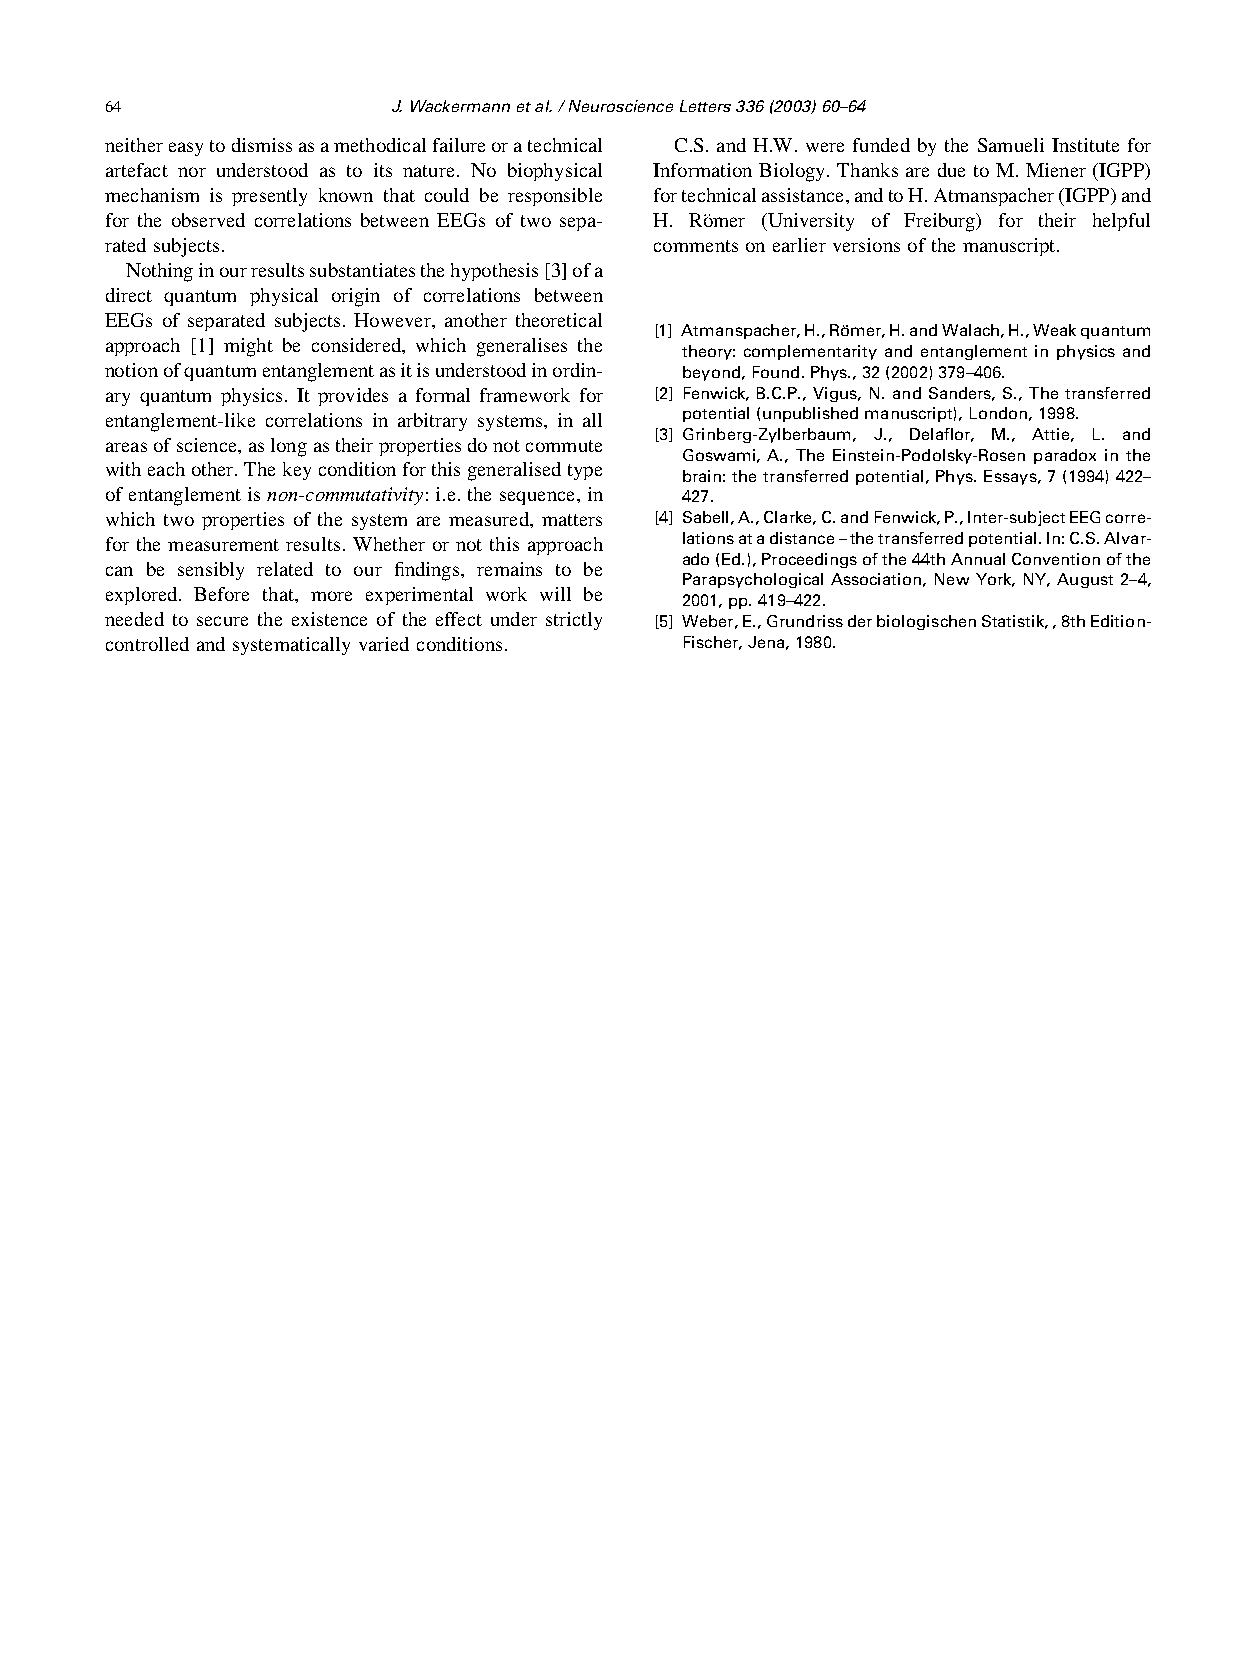
64                 J.Wackermannetal./NeuroscienceLetters336(2003)60–64
 neithereasytodismissasamethodicalfailureoratechnical C.S. and H.W. were funded by the Samueli Institute for
 artefact nor understood as to its nature. No biophysical Information Biology. Thanks are due to M. Miener (IGPP)
 mechanism is presently known that could be responsible fortechnicalassistance,andtoH.Atmanspacher(IGPP)and
 for the observed correlations between EEGs of two sepa- H. Ro¨mer (University of Freiburg) for their helpful
 ratedsubjects.                      comments onearlier versions ofthe manuscript.
 Nothinginourresultssubstantiatesthehypothesis[3]ofa
 direct quantum physical origin of correlations between
 EEGs of separated subjects. However, another theoretical
 [1] Atmanspacher,H.,Ro¨mer,H.andWalach,H.,Weakquantum
 approach [1] might be considered, which generalises the
 theory: complementarity and entanglement in physics and
 notionofquantumentanglementasitisunderstoodinordin- beyond,Found.Phys.,32(2002)379–406.
 ary quantum physics. It provides a formal framework for [2] Fenwick,B.C.P.,Vigus,N.andSanders,S.,Thetransferred
 entanglement-like correlations in arbitrary systems, in all potential(unpublishedmanuscript),London,1998.
 [3] Grinberg-Zylberbaum, J., Delaflor, M., Attie, L. and
 areasofscience,aslongastheirpropertiesdonotcommute
 Goswami, A., The Einstein-Podolsky-Rosen paradox in the
 witheachother.Thekeyconditionforthisgeneralisedtype
 brain:thetransferredpotential,Phys.Essays,7(1994)422–
 ofentanglement isnon-commutativity:i.e.the sequence,in 427.
 which two properties of the system are measured, matters [4] Sabell,A.,Clarke,C.andFenwick,P.,Inter-subjectEEGcorre-
 for the measurement results. Whether or not this approach lationsatadistance–thetransferredpotential.In:C.S.Alvar-
 ado(Ed.),Proceedingsofthe44thAnnualConventionofthe
 can be sensibly related to our findings, remains to be
 ParapsychologicalAssociation,NewYork,NY, August 2–4,
 explored. Before that, more experimental work will be
 2001,pp.419–422.
 needed to secure the existence of the effect under strictly [5] Weber,E.,GrundrissderbiologischenStatistik,,8thEdition-
 controlled and systematically varied conditions. Fischer,Jena,1980.